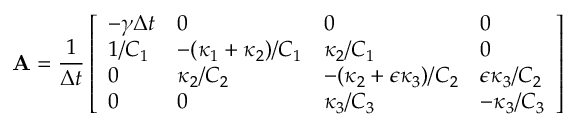
\mathbf { A } = \frac { 1 } { \Delta t } \left[ \begin{array} { l l l l } { - \gamma \Delta t } & { 0 } & { 0 } & { 0 } \\ { 1 / C _ { 1 } } & { - ( \kappa _ { 1 } + \kappa _ { 2 } ) / C _ { 1 } } & { \kappa _ { 2 } / C _ { 1 } } & { 0 } \\ { 0 } & { \kappa _ { 2 } / C _ { 2 } } & { - ( \kappa _ { 2 } + \epsilon \kappa _ { 3 } ) / C _ { 2 } } & { \epsilon \kappa _ { 3 } / C _ { 2 } } \\ { 0 } & { 0 } & { \kappa _ { 3 } / C _ { 3 } } & { - \kappa _ { 3 } / C _ { 3 } } \end{array} \right]